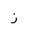
Letter: _zay